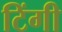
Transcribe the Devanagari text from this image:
टिंगी